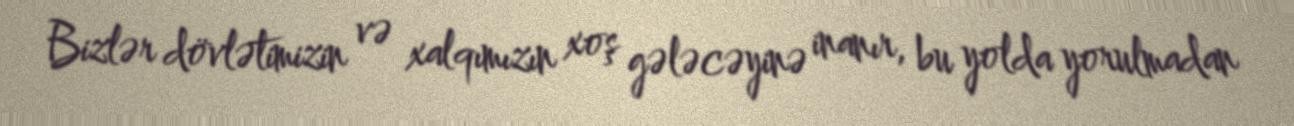
Bizlər dövlətimizin və xalqımızın xoş gələcəyinə inanır, bu yolda yorulmadan